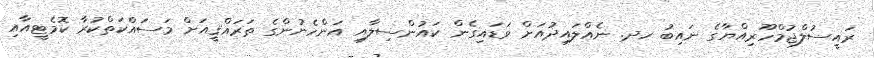
ރައީސުލްޖުމްހޫރިއްޔާގެ ނައިބު ހދ. ނެއްލައިދުއަށް ވަޑައިގެން ކައުންސިލާއި އަންހެނުންގެ ތަރައްޤީއަށް މަސައްކަތްކުރާ ކޮމެޓީއާއި